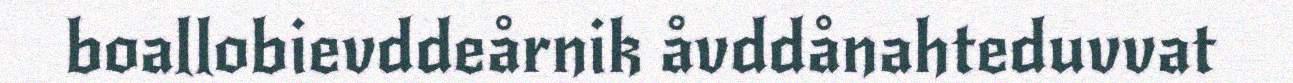
boallobievddeårnik åvddånahteduvvat